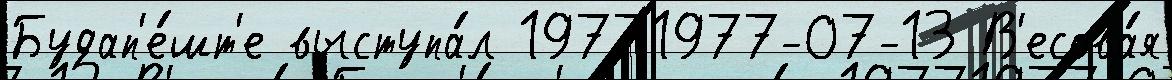
Будап'е́шт'е выступа́л 19771977-07-13 В'есова́я